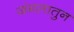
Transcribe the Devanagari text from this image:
जंगलातुन